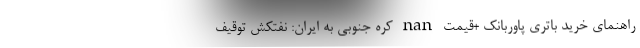
راهنمای خرید باتری پاوربانک +قیمت nan کره جنوبی به ایران: نفتکش توقیف